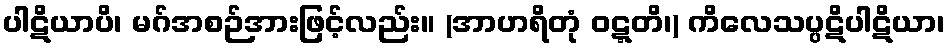
ပါဋိယာပိ၊ မဂ်အစဉ်အားဖြင့်လည်း။ (အာဟရိတုံ ဝဋ္ဋတိ၊) ကိလေသပ္ပဋိပါဋိယာ၊